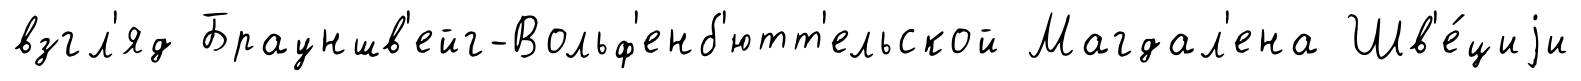
взгл'яд Брауншв'ейг-Вольф'енб'ютт'ельской Магдал'ена Шв'е́циjи